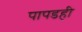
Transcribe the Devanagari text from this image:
पापडही